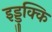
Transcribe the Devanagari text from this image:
इड्डुक्कि